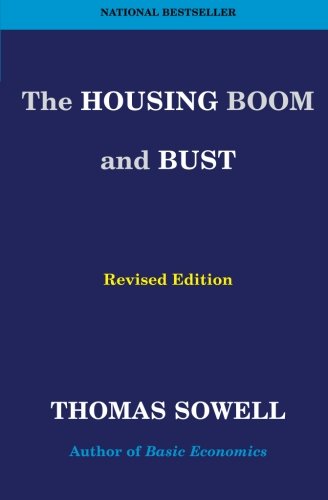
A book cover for The Housing Boom and Bust: Revised Edition; Thomas Sowell; Business & Money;